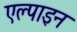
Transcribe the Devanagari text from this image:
एल्‍पाइन